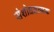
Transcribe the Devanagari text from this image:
संशोधनत्मक